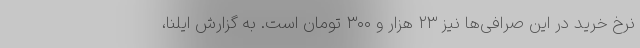
نرخ خرید در این صرافی‌ها نیز ۲۳ هزار و ۳۰۰ تومان است. به گزارش ایلنا،